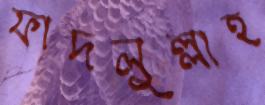
ফাদলুল্লাহ